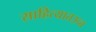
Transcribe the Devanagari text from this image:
साहित्यातउच्च